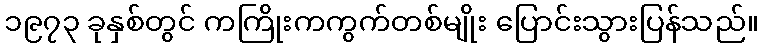
၁၉၇၃ ခုနှစ်တွင် ကကြိုးကကွက်တစ်မျိုး ပြောင်းသွားပြန်သည်။